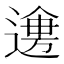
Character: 𲅯